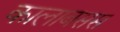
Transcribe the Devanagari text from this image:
कालाबसस